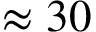
\approx 3 0